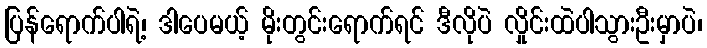
ပြန်ရောက်ပါရဲ့၊ ဒါပေမယ့် မိုးတွင်းရောက်ရင် ဒီလိုပဲ လှိုင်းထဲပါသွားဦးမှာပဲ၊